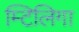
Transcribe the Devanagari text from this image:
म्टिलिगा